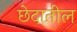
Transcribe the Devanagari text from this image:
छेदातील